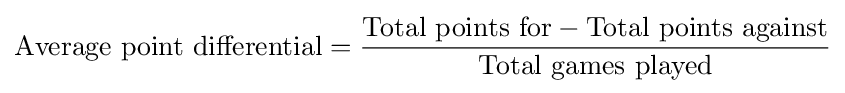
{\mbox{Average point differential}}={\frac {{\mbox{Total points for}}-{\mbox{Total points against}}}{\mbox{Total games played}}}